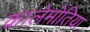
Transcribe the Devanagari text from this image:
कालेमोतिया